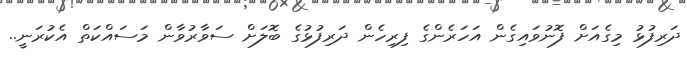
ދަރިފުޅު މިގެއަށް ފޮނުވައިގެން އަހަރެންގެ ފިރިހެން ދަރިފުޅުގެ ބޮލަށް ސަވާރުވާން މަސައްކަތް އެކުރަނީ..